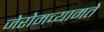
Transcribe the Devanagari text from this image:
जेरोमच्यामते